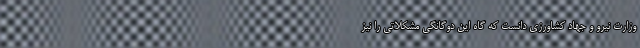
وزارت نیرو و جهاد کشاورزی دانست که گاه این دوگانگی مشکلاتی را نیز